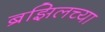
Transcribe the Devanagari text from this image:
ब्रझिलच्या